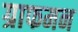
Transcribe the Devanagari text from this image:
ग्राफमन